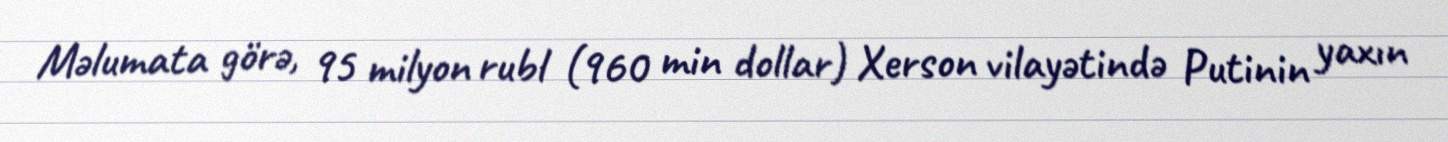
Məlumata görə, 95 milyon rubl (960 min dollar) Xerson vilayətində Putinin yaxın